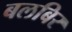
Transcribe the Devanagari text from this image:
बलबिर